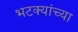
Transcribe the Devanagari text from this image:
भटक्यांच्या